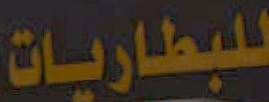
للبطاريات